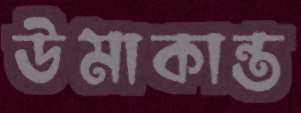
উমাকান্ত